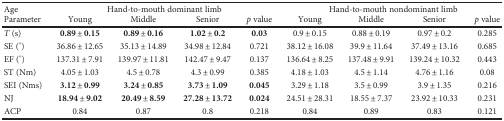
| Age | <COLSPAN=4> Hand-to-mouth dominant limb | <COLSPAN=4> Hand-to-mouth nondominant limb |
 | Parameter | Young | Middle | Senior | p value | Young | Middle | Senior | p value |
 | --- | --- | --- | --- | --- | --- | --- | --- | --- |
 | T (s) | 0.89 ± 0.15 | 0.89 ± 0.16 | 1.02 ± 0.2 | 0.03 | 0.9 ± 0.15 | 0.88 ± 0.19 | 0.97 ± 0.2 | 0.285 |
 | SE (°) | 36.86 ± 12.65 | 35.13 ± 14.89 | 34.98 ± 12.84 | 0.721 | 38.12 ± 16.08 | 39.9 ± 11.64 | 37.49 ± 13.16 | 0.685 |
 | EF (°) | 137.31 ± 7.91 | 139.97 ± 11.81 | 142.47 ± 9.47 | 0.137 | 136.64 ± 8.25 | 137.48 ± 9.91 | 139.24 ± 10.32 | 0.443 |
 | ST (Nm) | 4.05 ± 1.03 | 4.5 ± 0.78 | 4.3 ± 0.99 | 0.385 | 4.18 ± 1.03 | 4.5 ± 1.14 | 4.76 ± 1.16 | 0.08 |
 | SEI (Nms) | 3.12 ± 0.99 | 3.24 ± 0.85 | 3.73 ± 1.09 | 0.045 | 3.29 ± 1.18 | 3.5 ± 0.99 | 3.9 ± 1.35 | 0.216 |
 | NJ | 18.94 ± 9.02 | 20.49 ± 8.59 | 27.28 ± 13.72 | 0.024 | 24.51 ± 28.31 | 18.55 ± 7.37 | 23.92 ± 10.33 | 0.231 |
 | ACP | 0.84 | 0.87 | 0.8 | 0.218 | 0.84 | 0.89 | 0.83 | 0.121 |